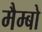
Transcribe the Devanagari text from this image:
मैम्बो